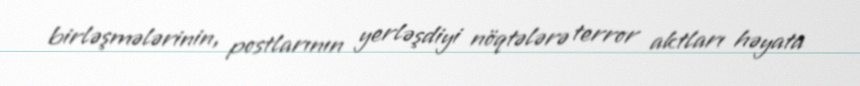
birləşmələrinin, postlarının yerləşdiyi nöqtələrə terror aktları həyata